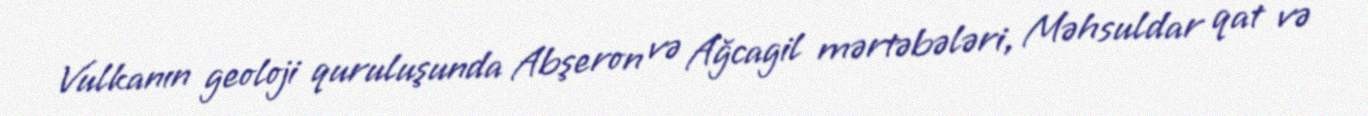
Vulkanın geoloji quruluşunda Abşeron və Ağcagil mərtəbələri, Məhsuldar qat və